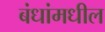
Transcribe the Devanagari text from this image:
बंधांमधील